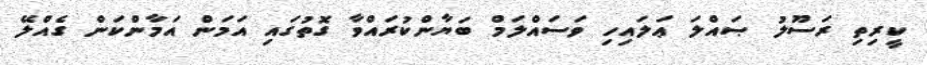
ކީރިތި ރަސޫލު ޞައްލަ ޢަލައިހި ވަސައްލަމް ބަޔާންކުރައްވާ ގޮތުގައި އަމަން އަމާންކަން ގެއްލޭ